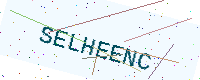
Text: SELHEENC